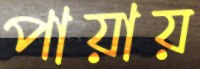
পায়ায়